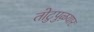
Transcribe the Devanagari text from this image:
तोटुपुऴयार